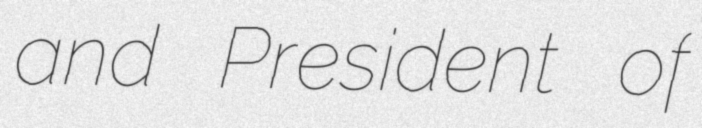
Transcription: and President of